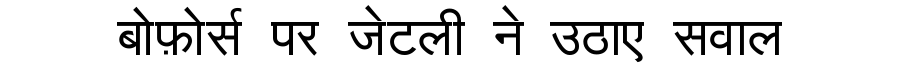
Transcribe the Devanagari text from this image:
बोफ़ोर्स पर जेटली ने उठाए सवाल